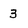
Character: 3